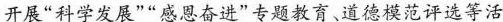
开展”科学发展””感恩奋进”专题教育、道德模范评选等活